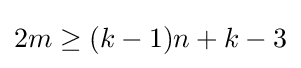
2m\geq (k-1)n+k-3